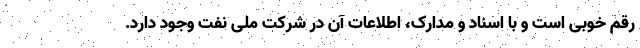
رقم خوبی است و با اسناد و مدارک، اطلاعات آن در شرکت ملی نفت وجود دارد.